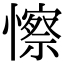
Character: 𢣼